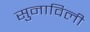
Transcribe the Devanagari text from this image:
सुनाविली